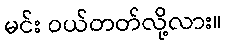
မင်း ဝယ်တတ်လို့လား။